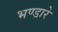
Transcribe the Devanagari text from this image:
भण्‍डारे